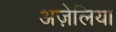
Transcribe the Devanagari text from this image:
अज़ेलिया